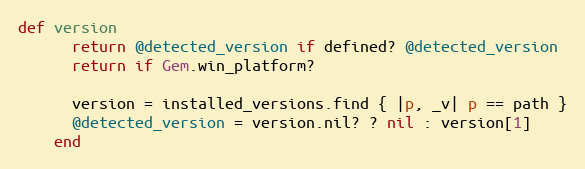
Language: Ruby
def version
      return @detected_version if defined? @detected_version
      return if Gem.win_platform?

      version = installed_versions.find { |p, _v| p == path }
      @detected_version = version.nil? ? nil : version[1]
    end